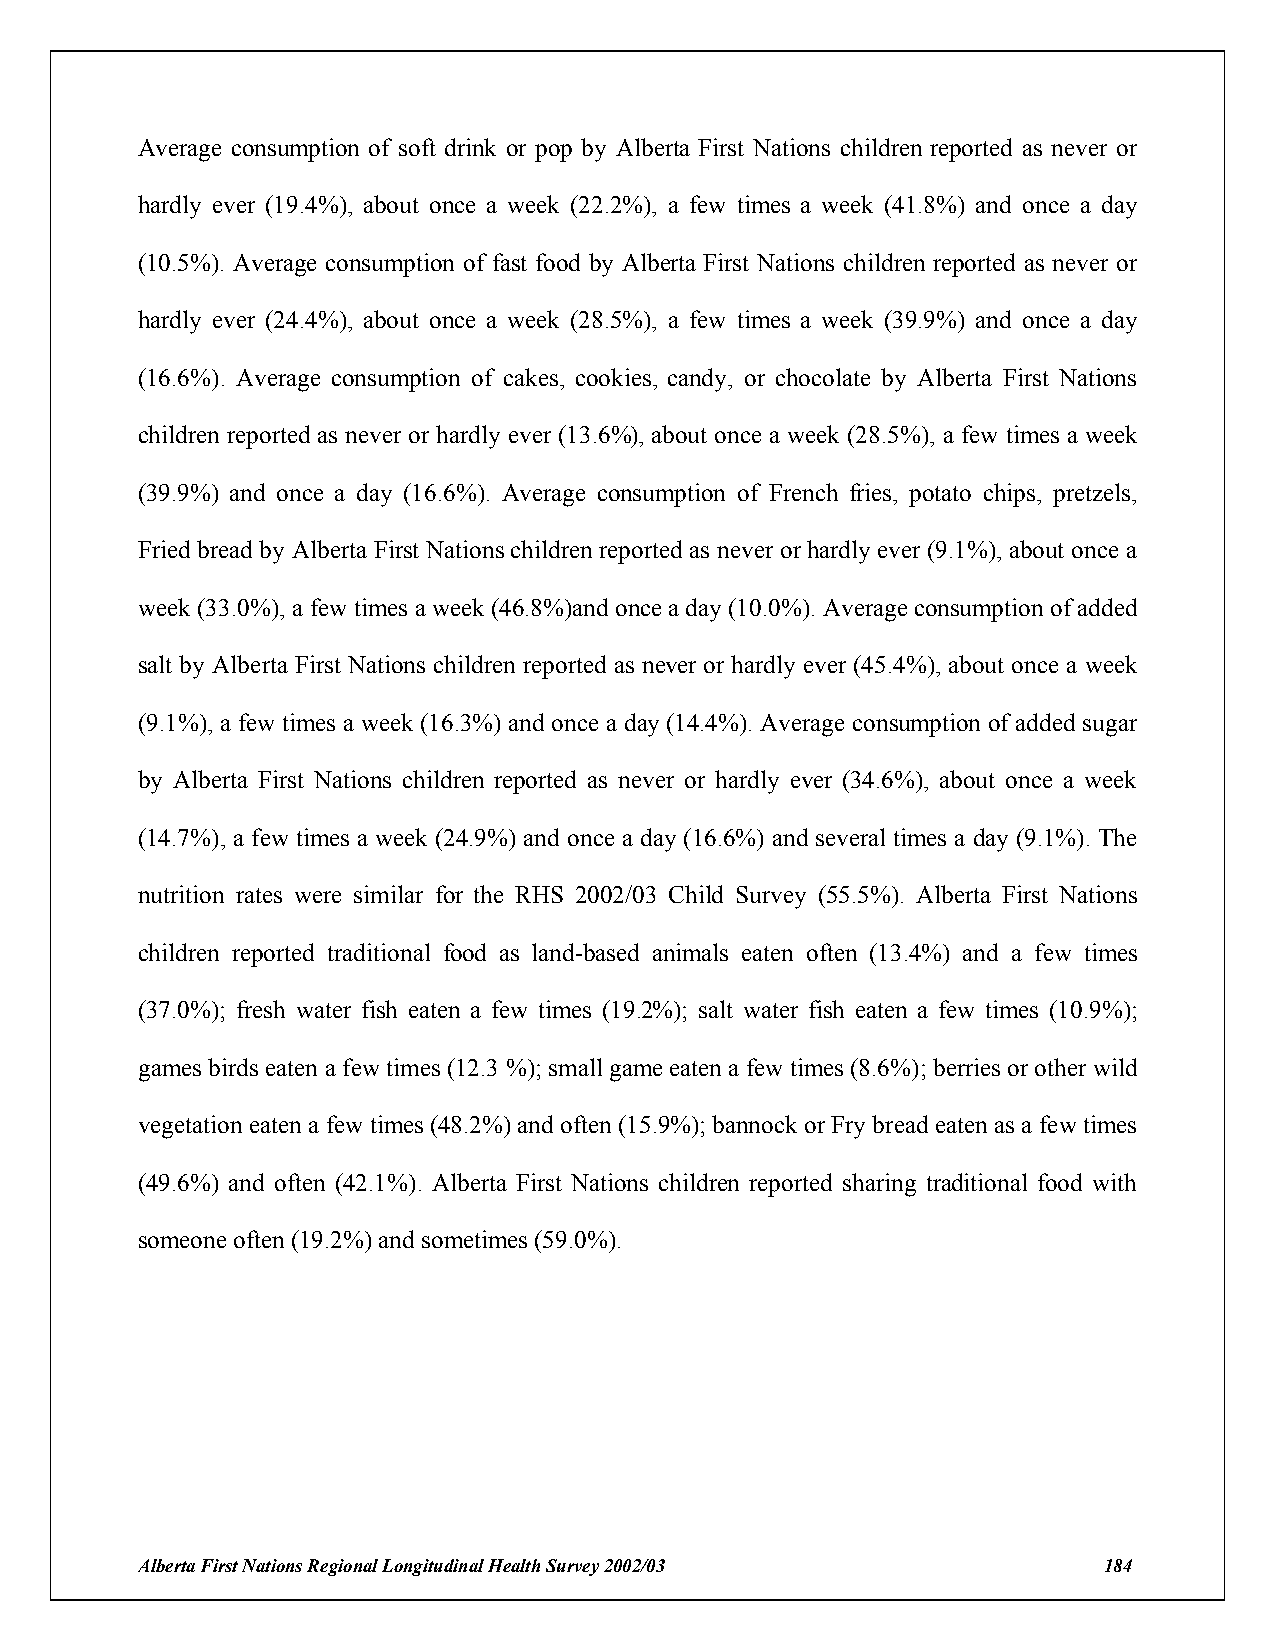
Average consumption of soft drink or pop by Alberta First Nations children reported as never or
 hardly ever (19.4%), about once a week (22.2%), a few times a week (41.8%) and once a day
 (10.5%). Average consumption of fast food by Alberta First Nations children reported as never or
 hardly ever (24.4%), about once a week (28.5%), a few times a week (39.9%) and once a day
 (16.6%). Average consumption of cakes, cookies, candy, or chocolate by Alberta First Nations
 children reported as never or hardly ever (13.6%), about once a week (28.5%), a few times a week
 (39.9%) and once a day (16.6%). Average consumption of French fries, potato chips, pretzels,
 Fried bread by Alberta First Nations children reported as never or hardly ever (9.1%), about once a
 week (33.0%), a few times a week (46.8%)and once a day (10.0%). Average consumption of added
 salt by Alberta First Nations children reported as never or hardly ever (45.4%), about once a week
 (9.1%), a few times a week (16.3%) and once a day (14.4%). Average consumption of added sugar
 by Alberta First Nations children reported as never or hardly ever (34.6%), about once a week
 (14.7%), a few times a week (24.9%) and once a day (16.6%) and several times a day (9.1%). The
 nutrition rates were similar for the RHS 2002/03 Child Survey (55.5%). Alberta First Nations
 children reported traditional food as land-based animals eaten often (13.4%) and a few times
 (37.0%); fresh water fish eaten a few times (19.2%); salt water fish eaten a few times (10.9%);
 games birds eaten a few times (12.3 %); small game eaten a few times (8.6%); berries or other wild
 vegetation eaten a few times (48.2%) and often (15.9%); bannock or Fry bread eaten as a few times
 (49.6%) and often (42.1%). Alberta First Nations children reported sharing traditional food with
 someone often (19.2%) and sometimes (59.0%).
 Alberta First Nations Regional Longitudinal Health Survey 2002/03 184